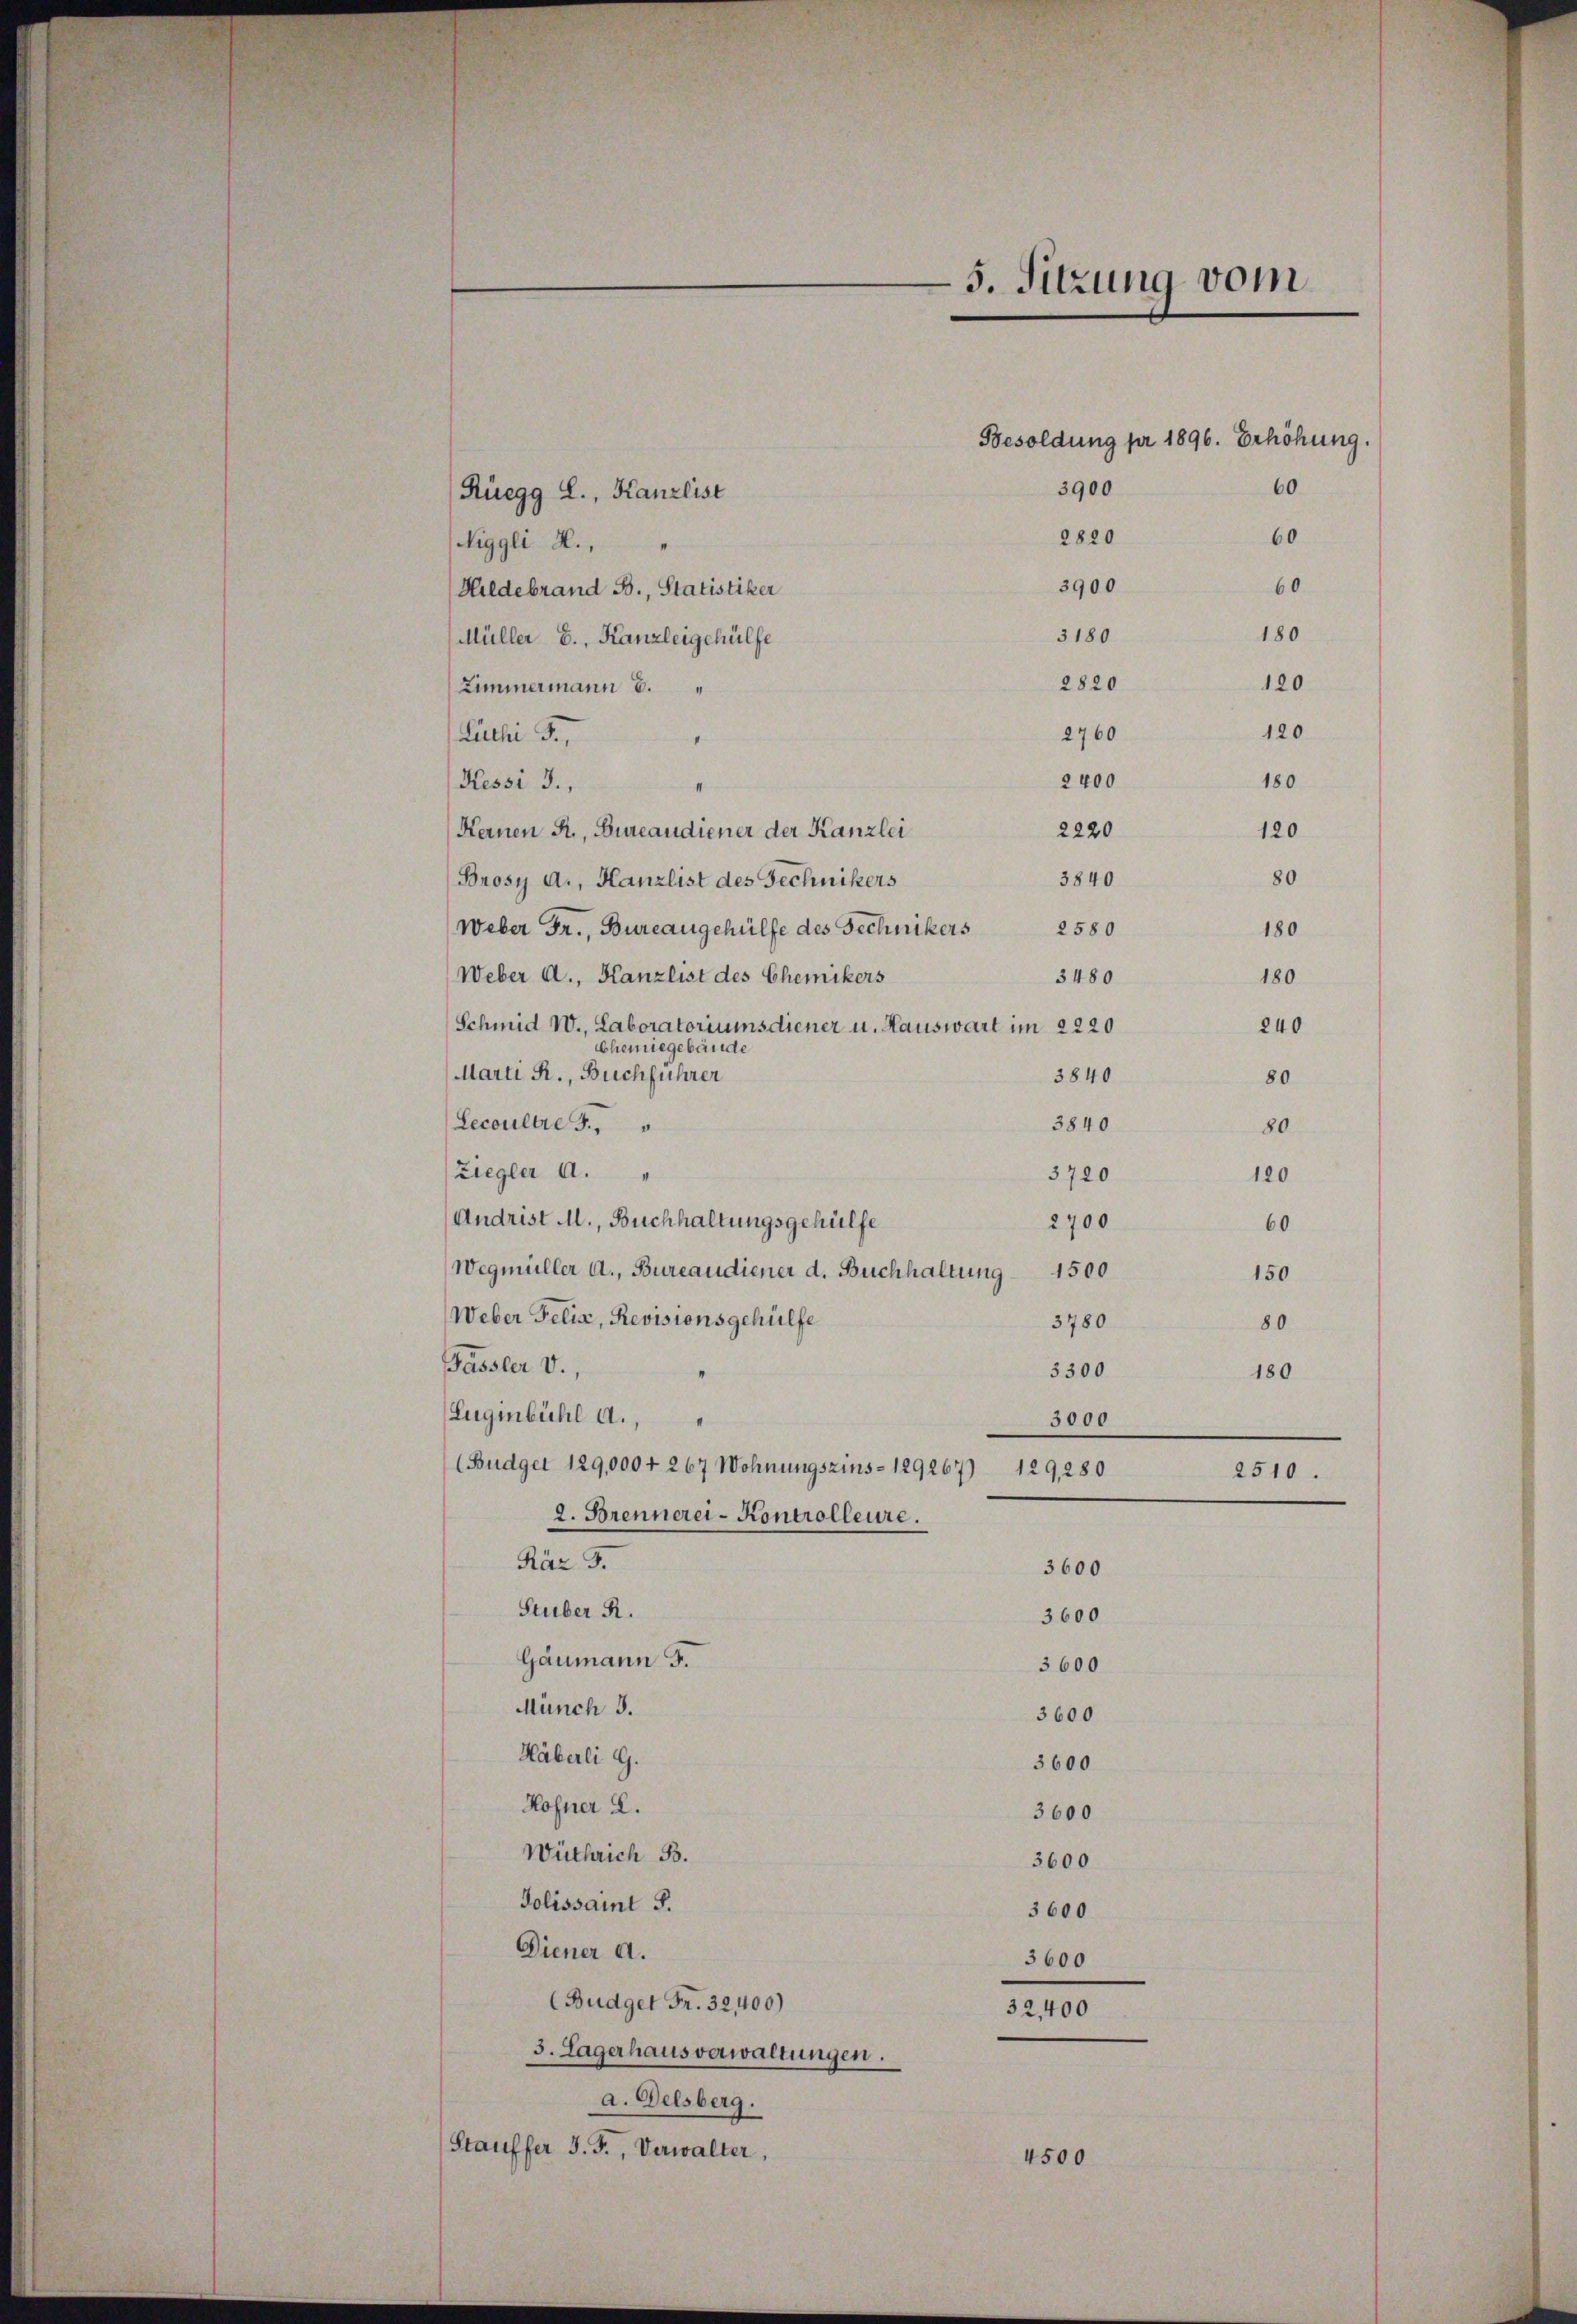
Rüegg L., Kanzlist
Niggli H.,
3900
60
Hildebrand B., Statistiker
3180
Müller E., Kanzleigehülfe
2820
Zimmermann 5.
2760
Luchi J.,
2400
Kessi J.,
II
2220
Kernen R., Bureaudiener der Kanzlei
3840
Brosy A., Kanzlist des Technikers
Weber Fr., Bureaugehülfe des Technikers 2580
Weber A., Kanzlist des Chemikers
3480
Schmid W., Laboratoriumsdiener u. Hauswart im 2220
240
Chenegebäude
Marti R., Buchführer
3840
80
3840
Lecoultre
80
Ziegler A.
3720
120
Andrist M., Buchhaltungsgehülfe
2700
60
Wegmüller a., Bureaudiener d. Buchhaltung 1500
150
Weber Felix, Revisionsgehülfe
3780
80
Sassler V.,
3300
180
Eugenbühl a.,
3000
(Budget 129,000 f 267 Wohnungszins- 129267) 129,280
2510.
2. Brennerei-Kontrolleure.
Räz 3.
3600
Stuber R.
3600
Gaumann 5.
3600
Münch 3.
3600
Häberli G.
3600
Hofner L.
3600
Wüthrich B.
3600
Tolissamt S.
3600
Diener a.
3600
(Budget Fr. 32,400)
32,400
3. Lagerhausverwaltungen.
a. Delsberg.
Stauffer J. F., Verwalter,
4500

5. Sitzung vom

3900
60
2820
60

Besoldung pr 1896. Erhöhung.

180
120
120
180
120

180

80
180